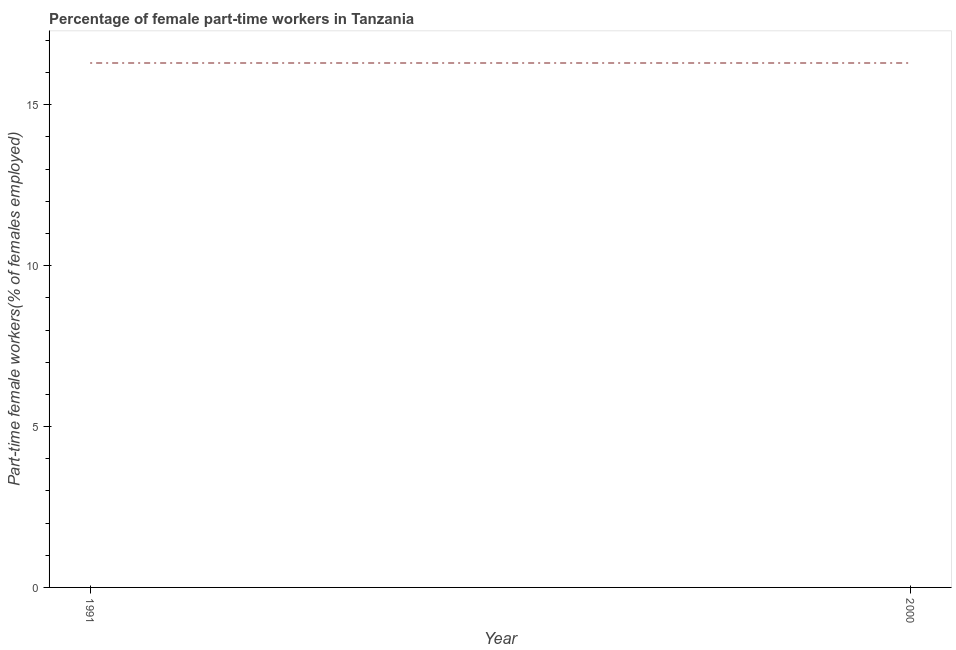
| Year | Part time employment |
 | --- | --- |
 | 1991 | 16.3 |
 | 2000 | 16.3 |